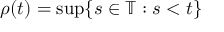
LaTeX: \rho ( t ) = \operatorname* { s u p } \{ s \in \mathbb { T } : s < t \}